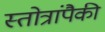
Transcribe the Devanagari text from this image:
स्तोत्रांपैकी